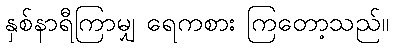
နှစ်နာရီကြာမျှ ရေကစား ကြတော့သည်။